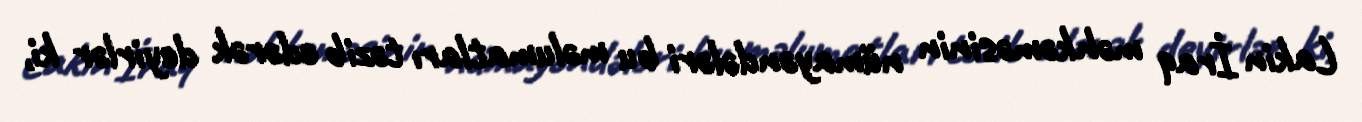
Lakin İraq məhkəməsinin nümayəndələri bu məlumatları təzib edərək deyirlər ki,